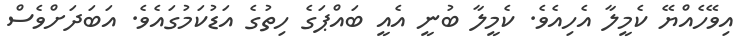
އިވޭހެއްޔޭ ކެމީލާ އެހިއެވެ. ކެމީލާ ބުނީ އެއީ ބައްޕަގެ ހިތުގެ އަޑުކަމުގައެވެ. އަބަދަށްވެސް